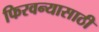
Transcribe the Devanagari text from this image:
फिरवन्यासाठी